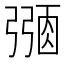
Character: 𢐜